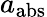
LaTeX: a_{\mathrm{abs}}